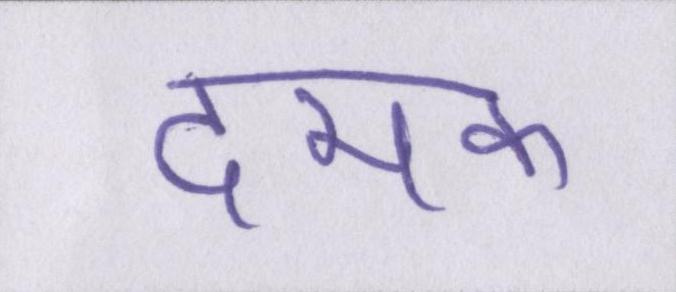
दमक